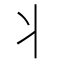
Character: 丬